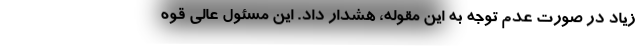
زیاد در صورت عدم توجه به این مقوله، هشدار داد. این مسئول عالی قوه